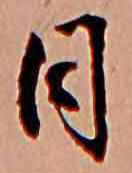
日